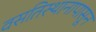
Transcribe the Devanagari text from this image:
वसतिस्थानापासून